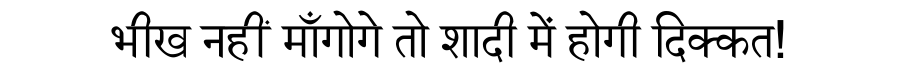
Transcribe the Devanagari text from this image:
भीख नहीं माँगोगे तो शादी में होगी दिक्कत!